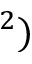
^ 2 )